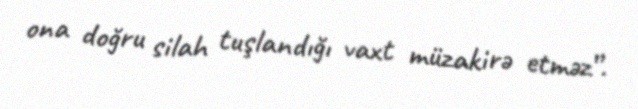
ona doğru silah tuşlandığı vaxt müzakirə etməz”.